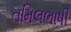
તમિલભાષી